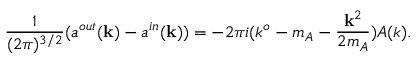
\frac { 1 } { ( 2 \pi ) ^ { 3 / 2 } } ( a ^ { o u t } ( { \bf k } ) - a ^ { i n } ( { \bf k } ) ) = - 2 \pi i ( k ^ { o } - m _ { A } - \frac { { \bf k } ^ { 2 } } { 2 m _ { A } } ) A ( k ) .